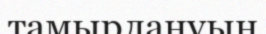
тамырлануын